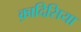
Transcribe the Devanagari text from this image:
क़ादिसिया